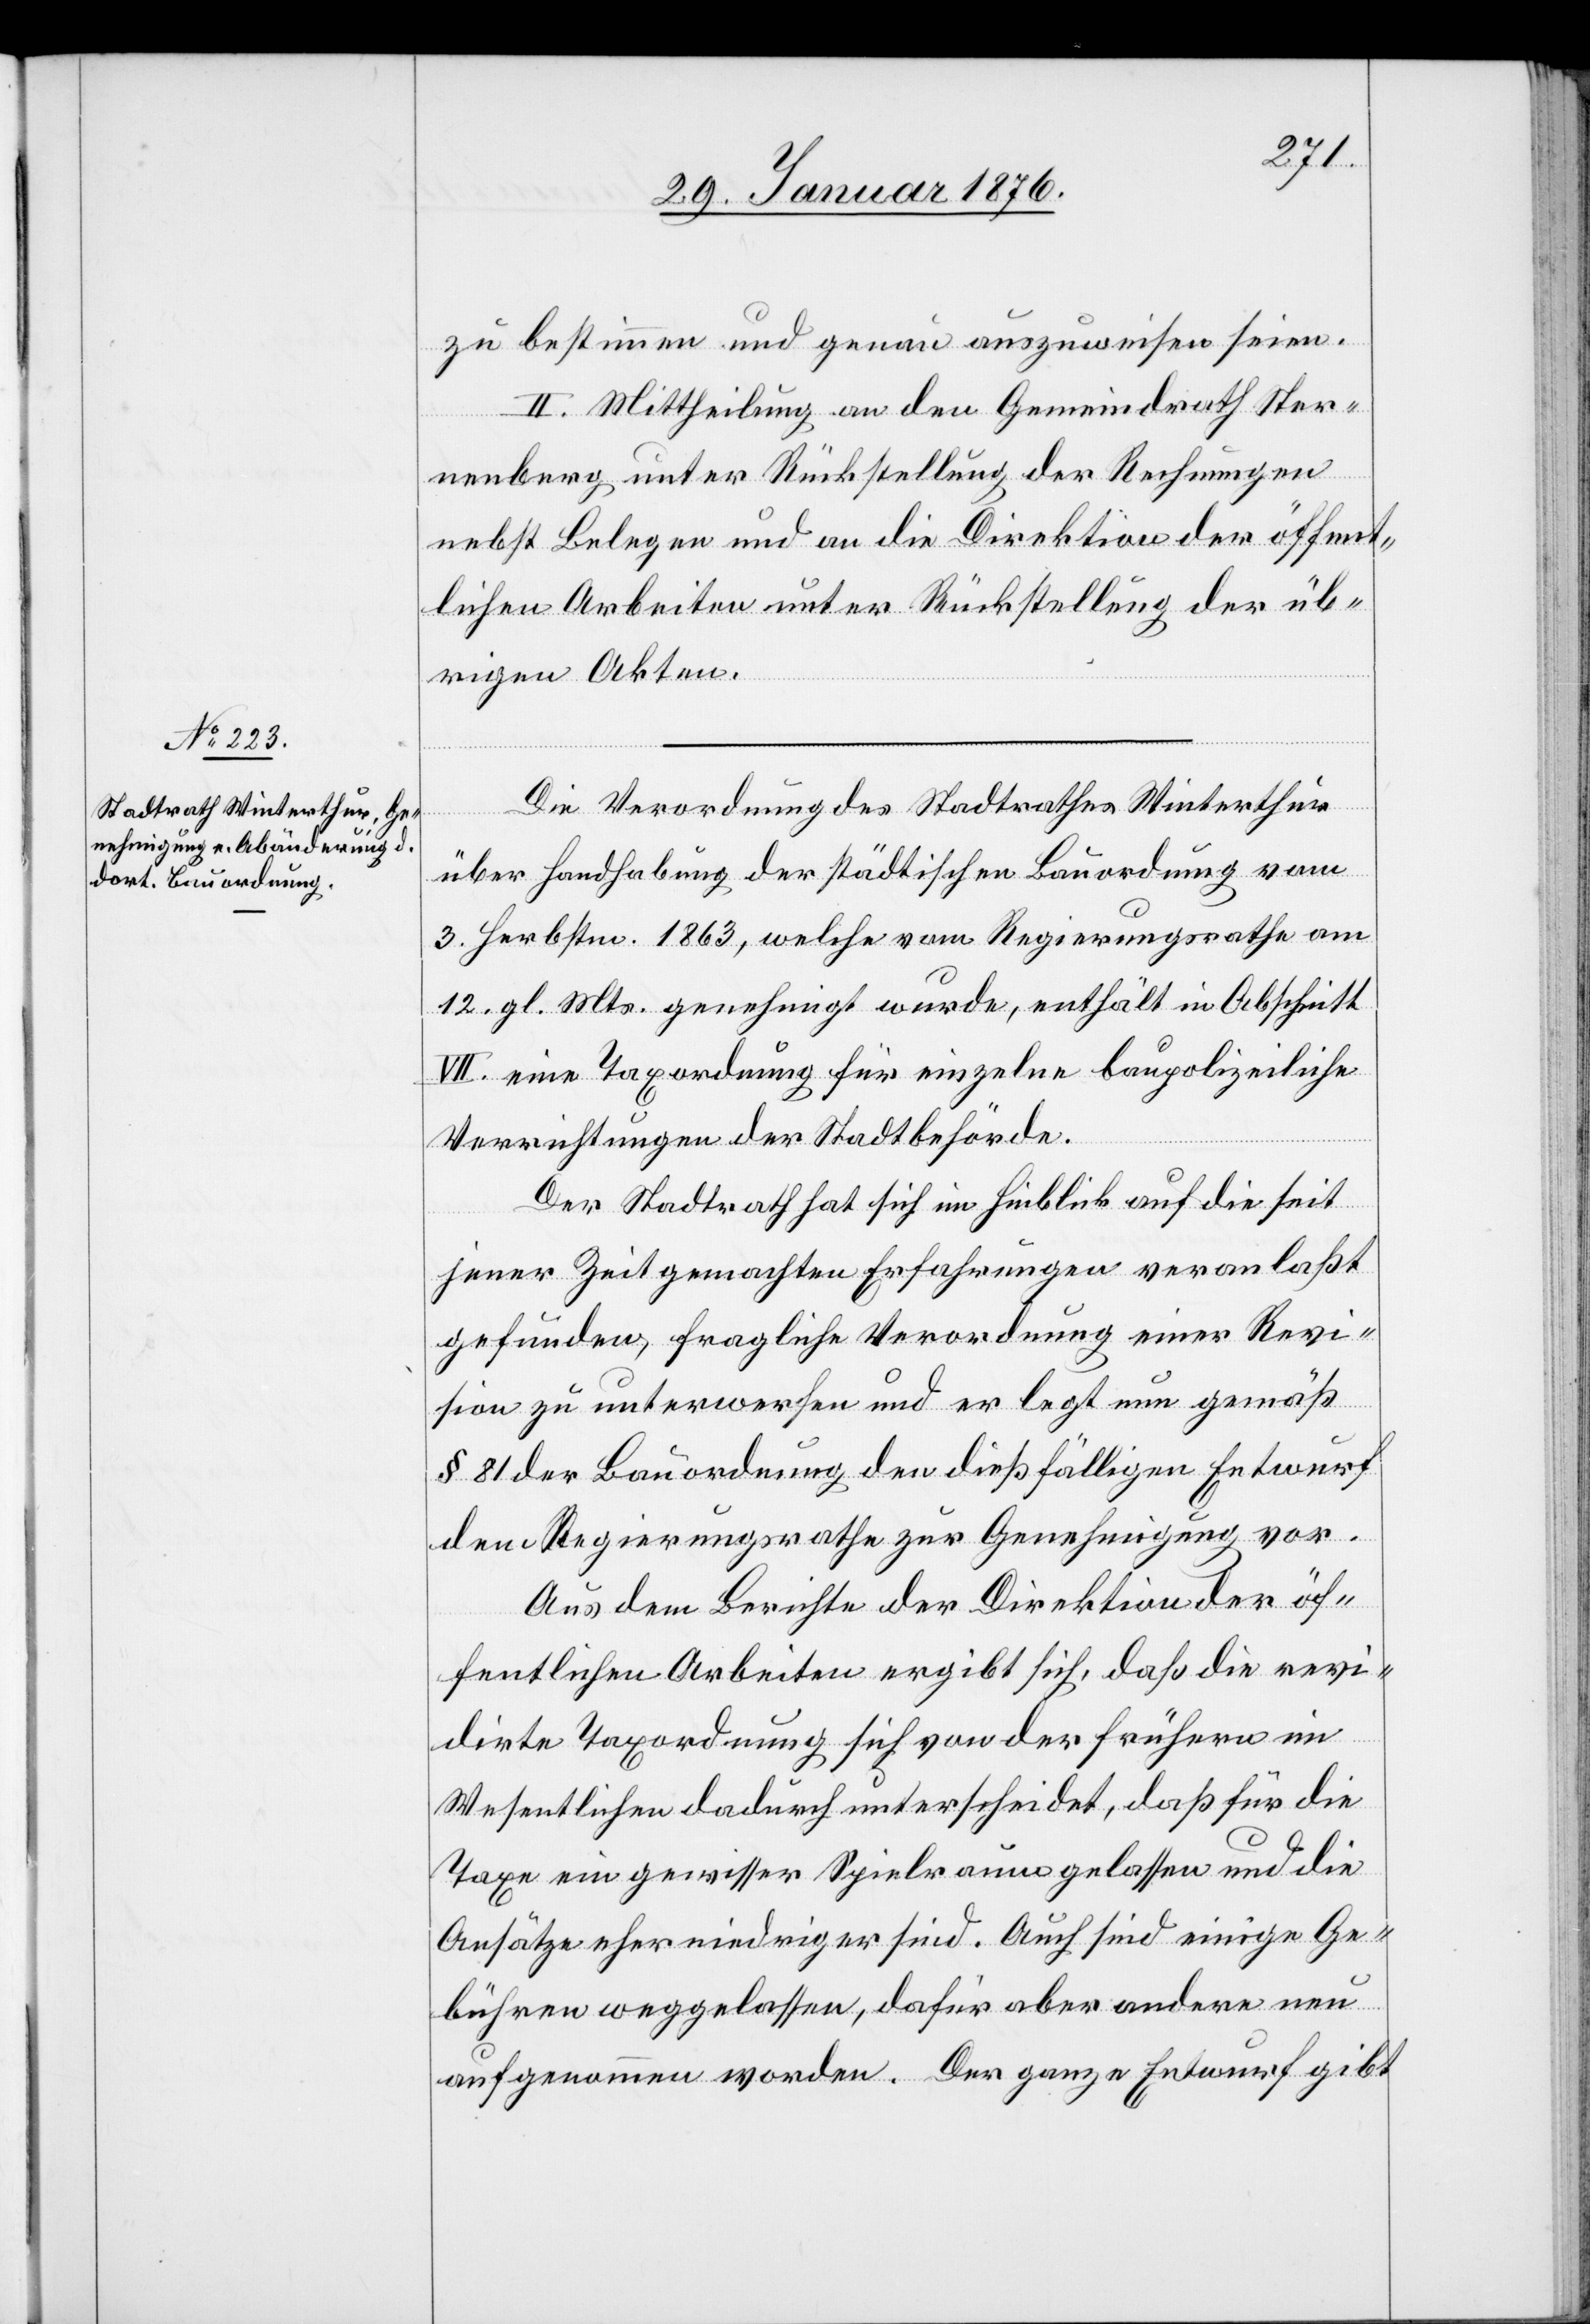
zu bestimmen und genau auszuweisen seien.
II. Mittheilung an den Gemeindrath Ster¬
nenberg unter Rückstellung der Rechnungen
nebst Belegen und an die Direktion der öffent¬
lichen Arbeiten unter Rückstellung der üb¬
rigen Akten.
Die Verordnung des Stadtrathes Winterthur
über Handhabung der städtischen Bauordnung vom
3. Herbstm. 1863, welche vom Regierungsrathe am
12. gl. Mts. genehmigt wurde, enthält in Abschnitt
VII. eine Taxordnung für einzelne baupolizeiliche
Verrichtungen der Stadtbehörde.
Der Stadtrath hat sich im Hinblick auf die seit
jener Zeit gemachten Erfahrungen veranlaßt
gefunden, fragliche Verordnung einer Revi¬
sion zu unterwerfen und er legt nun gemäß
§ 81 der Bauordnung den dießfälligen Entwurf
dem Regierungsrathe zur Genehmigung vor.
Aus dem Berichte der Direktion der öf¬
fentlichen Arbeiten ergibt sich, daß die revi¬
dirte Taxordnung sich von der frühern im
Wesentlichen dadurch unterscheidet, daß für die
Taxe ein gewisser Spielraum gelassen und die
Ansätze eher niedriger sind. Auch sind einige Ge¬
bühren weggelassen, dafür aber andere neu
aufgenommen worden. Der ganze Entwurf gibt